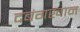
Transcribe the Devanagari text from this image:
दबंगखान